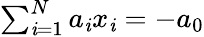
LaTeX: \textstyle\sum_{\mathit{i}=1}^{N}a_{\mathit{i}}x_{\mathit{i}}=-a_{0}